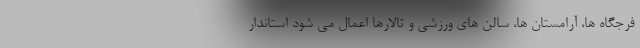
فرجگاه ها، آرامستان ها، سالن های ورزشی و تالارها اعمال می شود استاندار